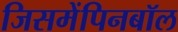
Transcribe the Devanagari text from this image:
जिसमेंपिनबॉल